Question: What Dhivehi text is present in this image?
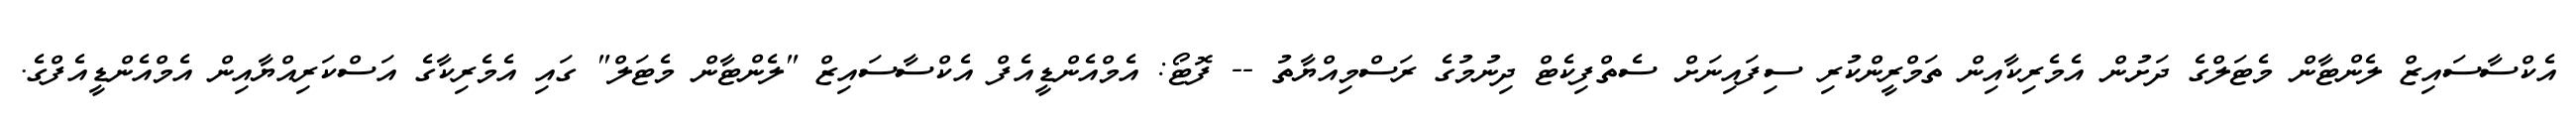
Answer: އެކްސާސައިޒް ލެންޓާން މެޓަލްގެ ދަށުން އެމެރިކާއިން ތަމްރީންކުރި ސިފައިނަށް ސެތްފިކެޓް ދިނުމުގެ ރަސްމިއްޔާތު -- ފޮޓޯ: އެމްއެންޑީއެފް އެކްސާސައިޒް "ލެންޓާން މެޓަލް" ގައި އެމެރިކާގެ އަސްކަރިއްޔާއިން އެމްއެންޑީއެފްގެ.